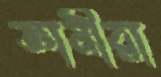
জ্ঞানীরা